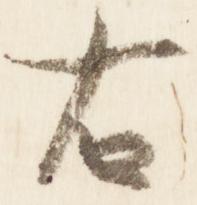
右